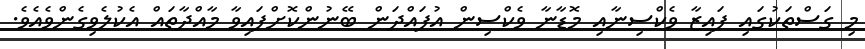
މި ގަސްތަކުގައި ފައިޒާ ވެކްސިނާއި މޮޑާނާ ވެކްސިން އުފައްދަން ބޭނުންކޮށްފައިވާ މާއްދާތައް އެކުލެވިގެންވެއެވެ.